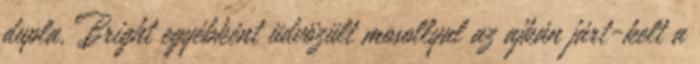
dupla. Bright egyébként üdvözült mosollyal az ajkán járt-kelt a